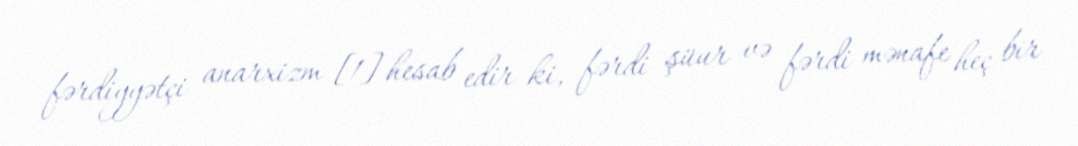
fərdiyyətçi anarxizm [1] hesab edir ki, fərdi şüur və fərdi mənafe heç bir